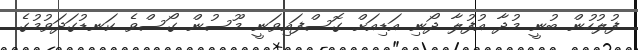
ފުލުހުން ބުނީ މުދާ އުފުލާ ދޯނި އަޑިއަށް ގޮސްފައިވަނީ މޫސުން ގޯސްވެ ކަނޑުގަދަވުމުގެ